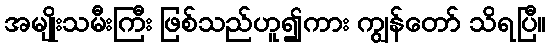
အမျိုးသမီးကြီး ဖြစ်သည်ဟူ၍ကား ကျွန်တော် သိရပြီ။